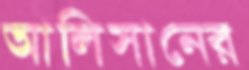
আলিসানের